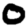
Digit: 0